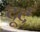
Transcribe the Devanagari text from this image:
दूर्द